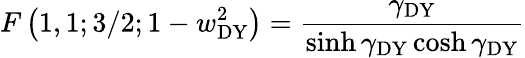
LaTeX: F\left(1,1;3/2;1-w_{\mathrm{DY}}^{2}\right)=\frac{\gamma_{\mathrm{DY}}}{\sinh\gamma_{\mathrm{DY}}\cosh\gamma_{\mathrm{DY}}}